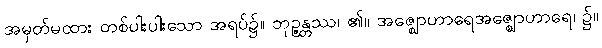
အမှတ်မထား တစ်ပါးပါးသော အရပ်၌။ ဘုဉ္ဇန္တဿ၊ ၏။ အဇ္ဈောဟာရေအဇ္ဈောဟာရေ၊ ၌။